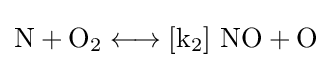
{{\text{N}}{}+{}\mathrm {O} {\vphantom {A}}_{\smash[{t}]{2}}{}\mathrel {\longleftrightarrow } {}[\mathrm {k} {\vphantom {A}}_{\smash[{t}]{2}}]~{\text{NO}}{}+{}{\text{O}}}